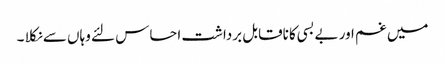
میں غم اور بے بسی کا ناقابل برداشت احساس لئے وہاں سے نکلا ۔